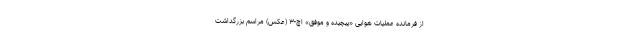
از فرمانده عملیات هوایی «پیچیده و موفق» اچ-۳ (عکس) مراسم بزرگداشت